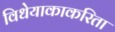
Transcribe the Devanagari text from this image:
विधेयाकाकरिता